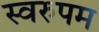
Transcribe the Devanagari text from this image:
स्वरुपम